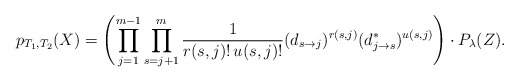
\begin{align*} p_{T_1, T_2 }(X) = \left( \prod_{j=1}^{m-1} \prod_{s=j+1}^m \frac{1}{r(s,j)!\,u(s,j)!} (d_{s \to j})^{r(s,j)} (d_{j \to s}^*)^{u(s,j)}\right) \cdot P_{\lambda}(Z).\end{align*}